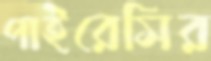
পাইরেসির